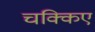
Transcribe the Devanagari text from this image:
चक्किए